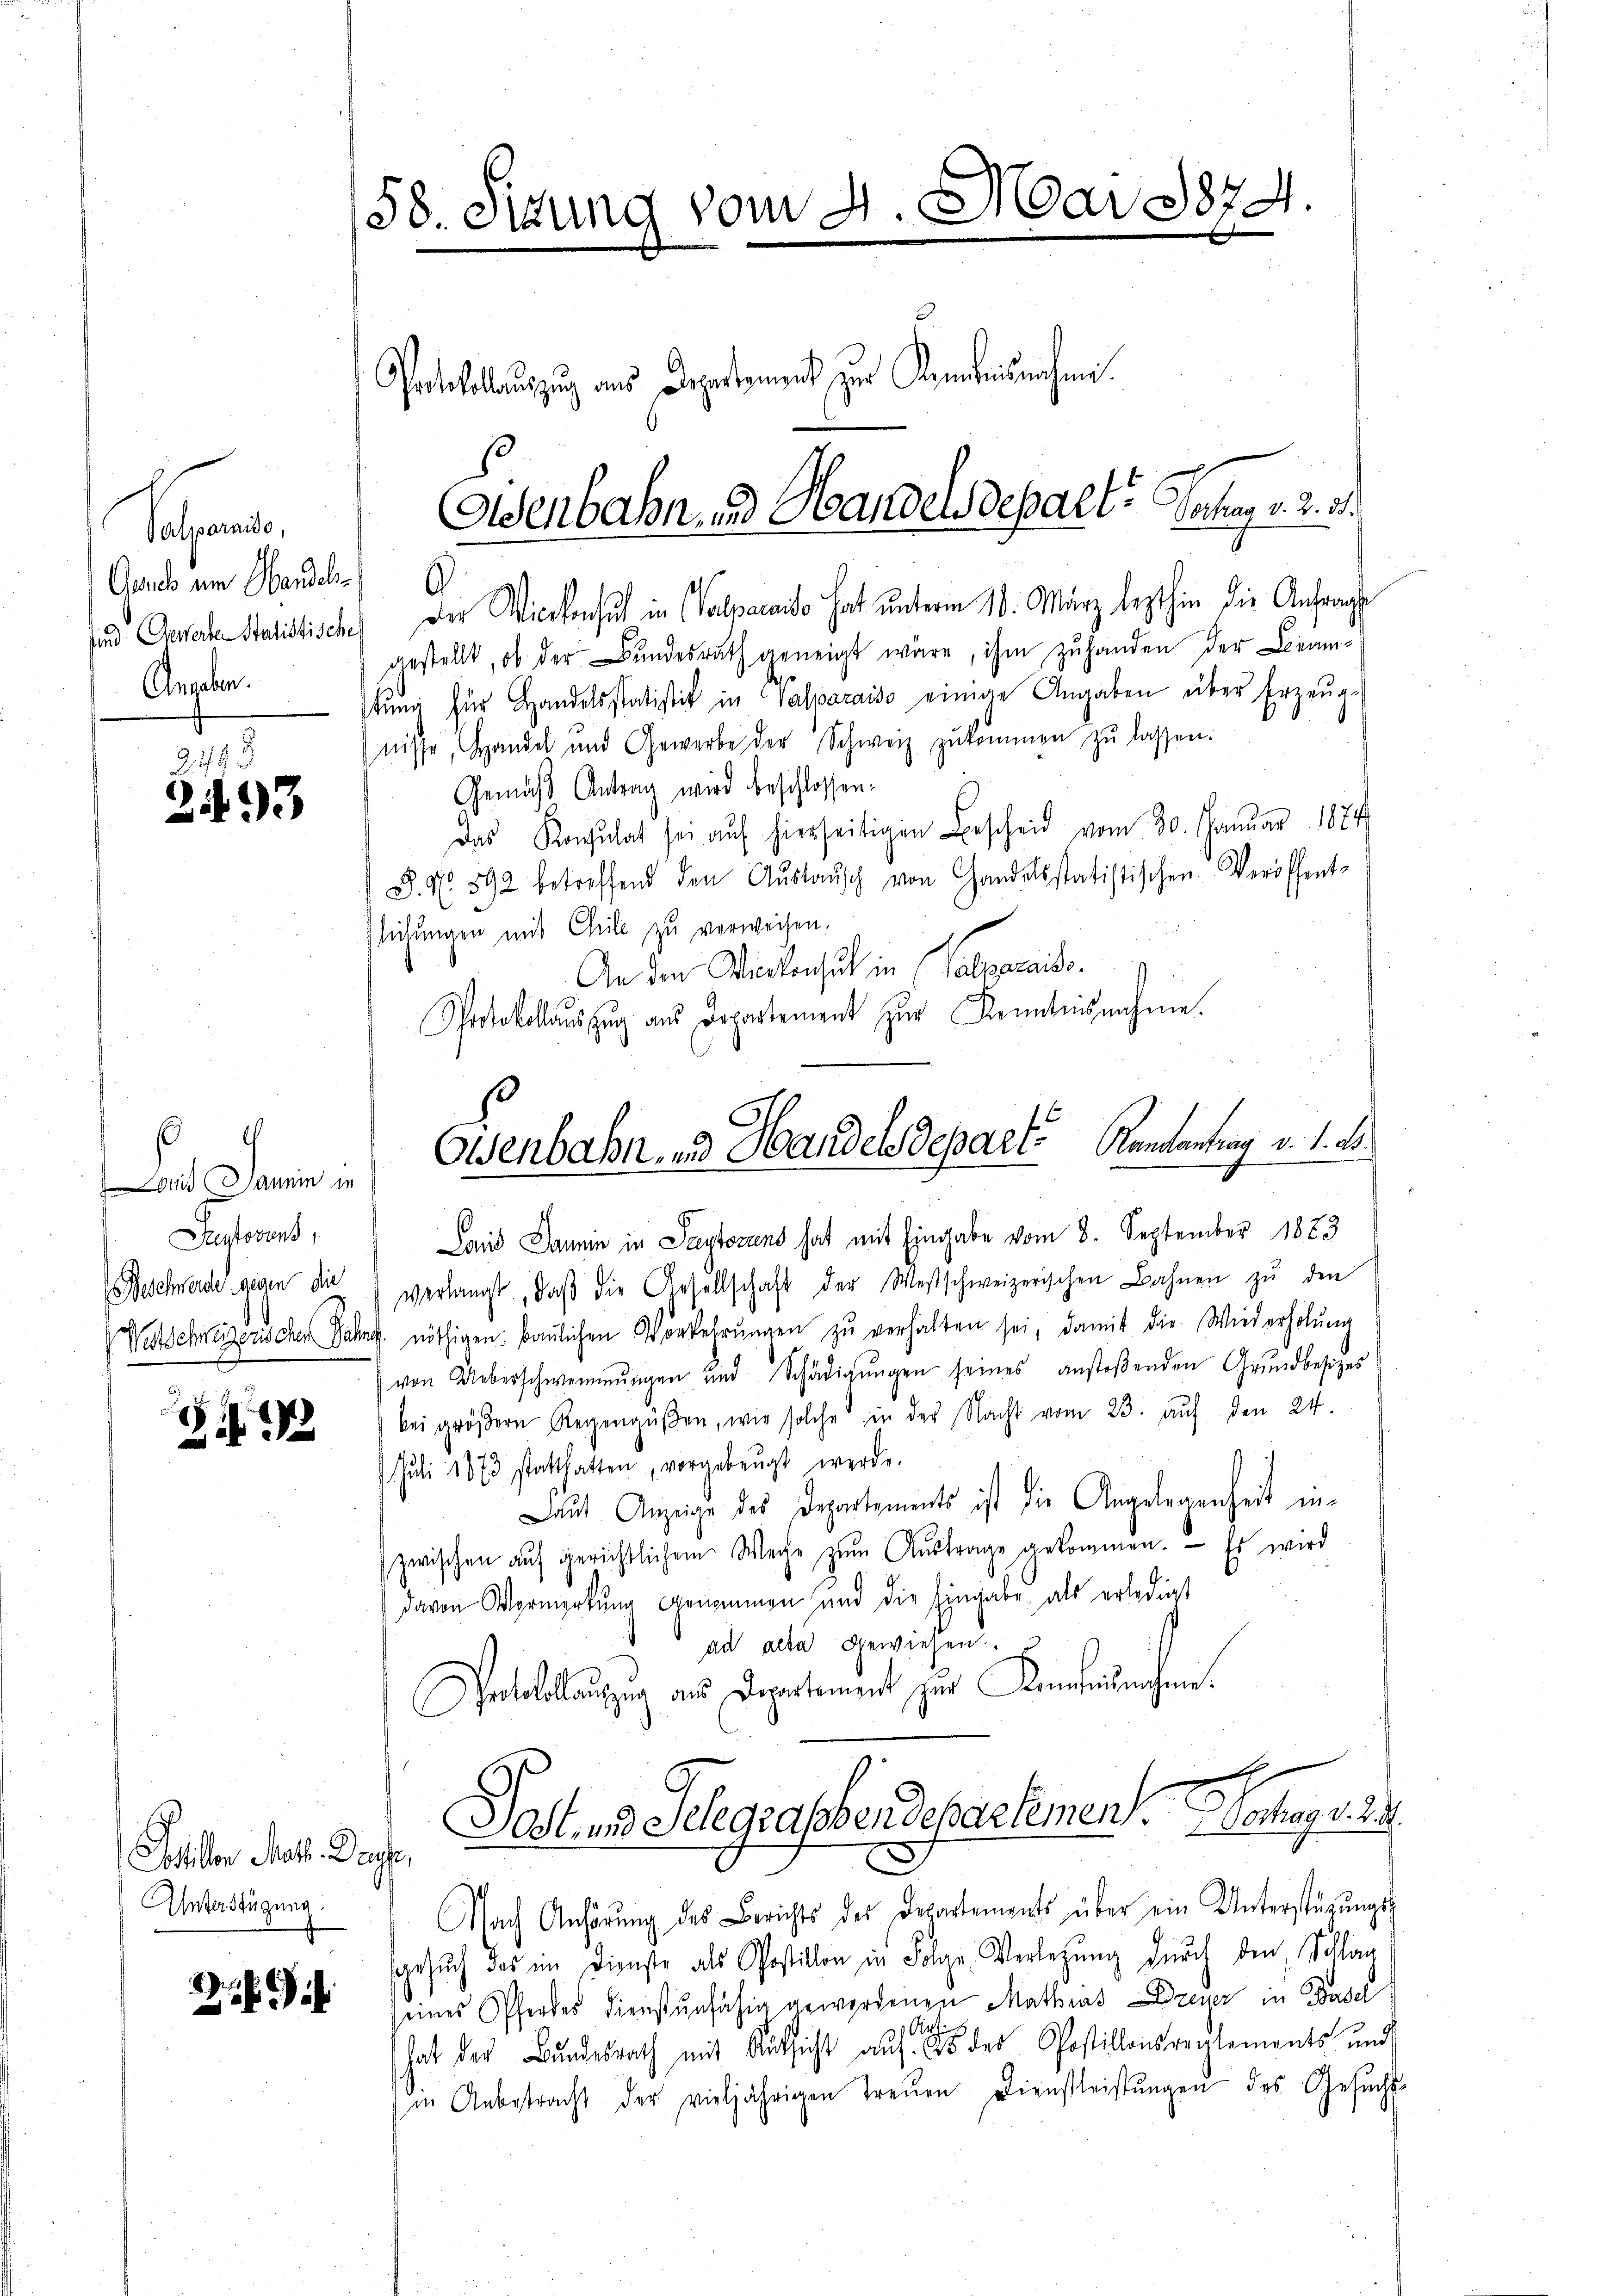
Valparniso,
Gurch um Handel
Und Gewerke Statistische
Angaben.

2495
293

Land anein in
Juntovuns,
Beschwerde gegen die
Nitschweizerischen Dähne

3

Stillen Mal. Dache,
Unterstüzung.

2

58. Situng vom 4. Mai 1874

Grdkollauszug aus Departement zur Kenntnisnahme.

Eisenbahn, und Handelsdepart Jahren, v. 2. 3.

Eisenbahn- und Handelsdepart. Kantantrag v. 1. ab.

b
der Wieckensuch in Salvamaiso hat unterm 10. März lezthin die Anfrage
gestellt, ob der Bundesrath geneigt wäre, ihm zu handen der Linamtŭng für Handelsstatistik in Valparaiso einige Angaben über Erzeug-
nisse, Handel und Gewerbe der Schweiz zŭkommen zŭ lassen:
Gemäß Antrag wird beschlossen:
Das Konsŭltat sei aŭf hierseitigen Bescheid vom 30. Januar 1874
S. Nr. 892 betreffend den Aŭstaŭsch von Handelsstatistischen Veröffent-
lichungen mit Cheile zu verweisen.
An den Wichtenhut in (Valgereits¬
Protokollauszug aus Departement zur Kenntnisnahme.

Land Dann in Seeytoszens hat mit Eingabe vom 8. September 1823
verlangt, daβ die Gesellschaft der Westschweizerischen Bahnen zŭ den
4. nöthigen. Baŭlichen Vorkehrŭngen zŭ verhalten sei, damit die Wiederholŭng
von Ueberschwemmungen und Schädigŭngen seines anstoβenden Grundbesizes
bei gröβern Regengüßen, wie solche in der Nacht vom 23. auf den 24.
Juli 1873 statthatten, vorgebeugt werde.
Laut Anzeige des Departements ist die Angelegenheit inzwischen aŭf gerichtlichem Wege zŭm Aŭstrage gekommen. Es wird
davon Vormerkung genommen und die Eingabe als erledigt
ad acta gewiesen.
Protokollauszug aus Departement zur Konfisnahme.
Sost- und Selegrassbendepartemen. Hochag v. 2. 4.
Nach Anhörung des Berichts des Departements über ein Unterstützŭngs-
gesŭch das im Dienste als Postillon in Folge Verlegung durch den Schlag
seines Pferdes dienstunfähig gewordenen Mathias Dzener in Basel
Aichis
hat der Bundesrath mit Rücksicht aŭf 28 des Postillonsreglements und
in Anbetracht der vieljährigen Treuen Dienstleistŭngen des Gesŭcht